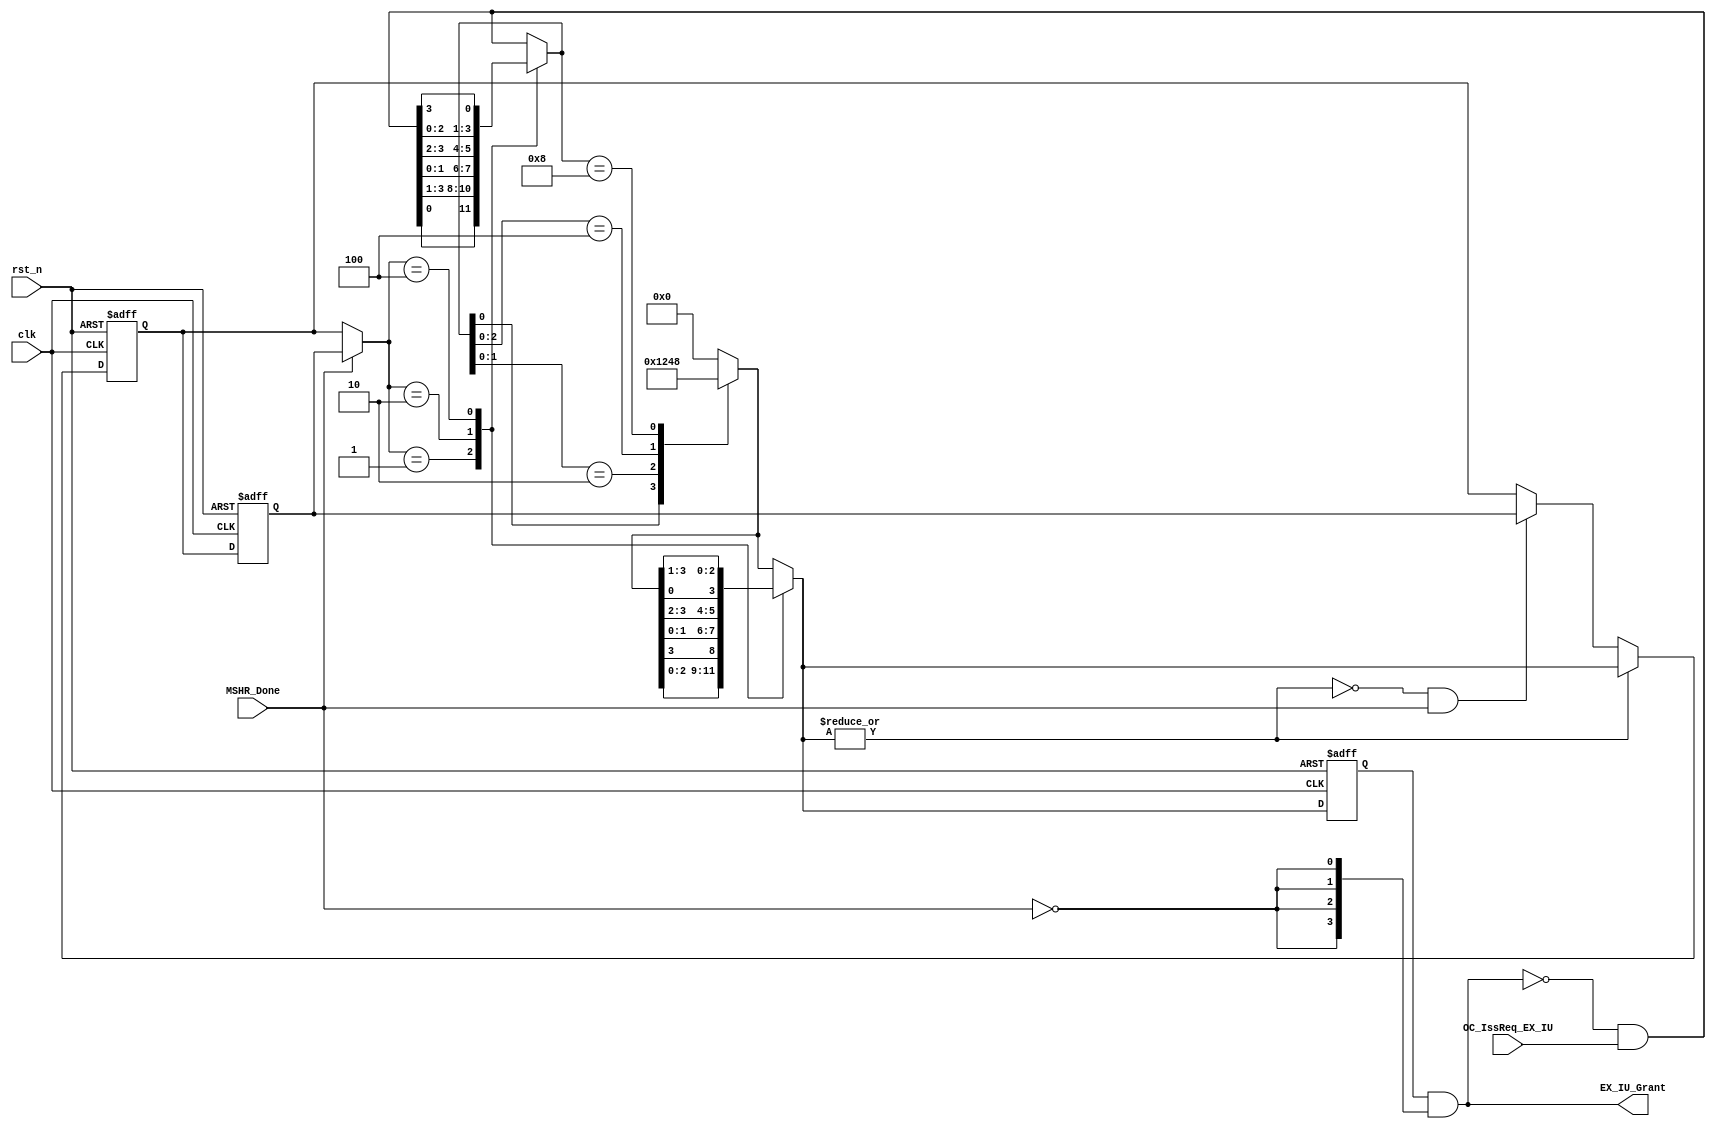
`timescale 1ns/100ps
module EX_Issue_Unit(
    input clk,
    input rst_n,
    //interface with OC
    input [3:0] OC_IssReq_EX_IU,
    output [3:0] EX_IU_Grant,//registered grant
    //interface with LD/ST
    input MSHR_Done//if this signal is one, then don't give grant for any entries of OC
);
    ////////////////////////
    reg [3:0] IU_Most_Recent_Grant, Last_IU_Most_Recent_Grant;//register
    //NOTE: if currently a grant_int is generated, the most recent grant register will be updated, however, if next cycle mshr_done is 1, it means this output grant is
    //not used, which means last cycle, the most recent grant should not be updated, the prioriy is not used yet
    //so we set another register called last most recent. if current mshr_done is 1, we use last most recent grant to determine the priority of current request
    //however, if current mshr_done is 1 and no grant_int is generated, then the last most_recent grant should be send back to most recent grant register, since the priority is still not 
    //used yet and mshr_done can be activated only for one clock, so next cycle, mshr_done is zero, the priotity is selected from the most_recent grant
    wire [3:0] IU_Most_Recent_Grant_Muxed=MSHR_Done?Last_IU_Most_Recent_Grant:IU_Most_Recent_Grant;//use a mux,which is controlled by mshr_done, to select one from IU_Most_Recent_Grant and last IU_Most_Recent_Grant
    reg [3:0] Request_After_Rotate;
    reg [3:0] Grant_After_Rotate;
    reg [3:0] EX_IU_Grant_int;//combinatinal grant
    reg [3:0] EX_IU_Grant_raw;//registered ragnt before combining with MSHR_Done
    wire [3:0] Grant_Masked_Request=~(EX_IU_Grant)&OC_IssReq_EX_IU;
    //since the grant is delayed by one clock, if current a grant is given to a OC entry, then this entry should not send another request to the issue unit
    ///////////////////////////////////////
    always@(*)begin
        EX_IU_Grant_int='b0;
            case(IU_Most_Recent_Grant_Muxed)
                4'b0001:Request_After_Rotate={Grant_Masked_Request[0],Grant_Masked_Request[3:1]};
                4'b0010:Request_After_Rotate={Grant_Masked_Request[1:0],Grant_Masked_Request[3:2]};
                4'b0100:Request_After_Rotate={Grant_Masked_Request[2:0],Grant_Masked_Request[3]};
                default:Request_After_Rotate=Grant_Masked_Request;
            endcase
            ///////////////////
            casez(Request_After_Rotate)
                4'bzzz1:Grant_After_Rotate=4'b0001;
                4'bzz10:Grant_After_Rotate=4'b0010;
                4'bz100:Grant_After_Rotate=4'b0100;
                4'b1000:Grant_After_Rotate=4'b1000;
                default:Grant_After_Rotate=4'b0000;
            endcase
            ////////////////////
            case(IU_Most_Recent_Grant_Muxed)
                4'b0001:EX_IU_Grant_int={Grant_After_Rotate[2:0],Grant_After_Rotate[3]};
                4'b0010:EX_IU_Grant_int={Grant_After_Rotate[1:0],Grant_After_Rotate[3:2]};
                4'b0100:EX_IU_Grant_int={Grant_After_Rotate[0],Grant_After_Rotate[3:1]};
                default:EX_IU_Grant_int=Grant_After_Rotate;
            endcase 
    end
    ///////////////////////////////////////
    always@(posedge clk, negedge rst_n)begin
        if(!rst_n)begin
            IU_Most_Recent_Grant<=4'b1000;
            Last_IU_Most_Recent_Grant<='bx;
            EX_IU_Grant_raw<='b0;
        end else begin
            EX_IU_Grant_raw<=EX_IU_Grant_int;
            Last_IU_Most_Recent_Grant<=IU_Most_Recent_Grant;
            if(|EX_IU_Grant_int)begin
                IU_Most_Recent_Grant<=EX_IU_Grant_int;
            end else if(!(|EX_IU_Grant_int)&&MSHR_Done) begin
                IU_Most_Recent_Grant<= Last_IU_Most_Recent_Grant;
            end
        end
    end
    assign EX_IU_Grant=EX_IU_Grant_raw&{4{!MSHR_Done}};
endmodule